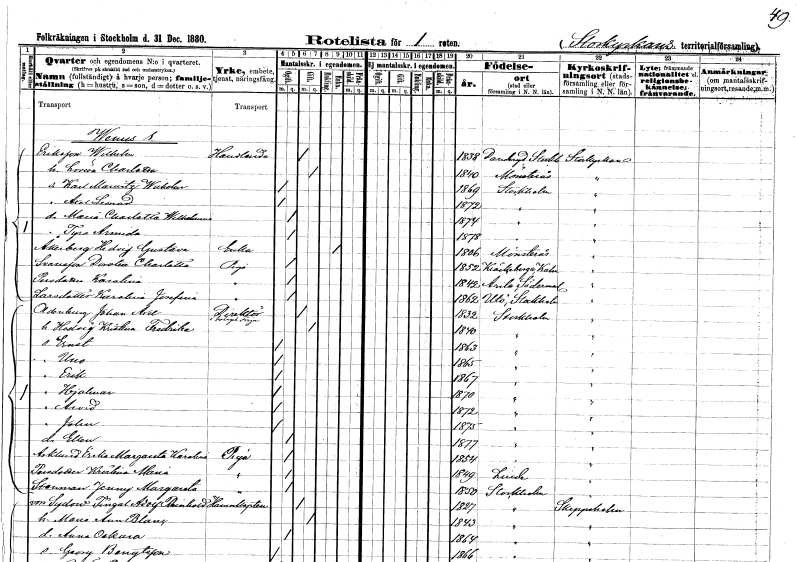
gt_parse: households: individuals: FN: Wilhelm
EN: Eriksson
YRKE: Handlande
KON: M
CIV: G
FODAR: 1838
FODFORS: Danderyd Stockholms län
FN: Lovisa Charlotta
KON: K
CIV: G
FODAR: 1840
FODFORS: Mönsterås Kalmar län
FN: Karl Mauritz Wilhelm
KON: M
CIV: O
FODAR: 1869
FODFORS: Stockholm
FN: Axel Leonard
KON: M
CIV: O
FODAR: 1872
FODFORS: Stockholm
FN: Maria Charlotta Wilhelmina
KON: K
CIV: O
FODAR: 1874
FODFORS: Stockholm
FN: Tyra Armida
KON: K
CIV: O
FODAR: 1878
FODFORS: Stockholm
FN: Hedvig Gustava
EN: Åkerberg
YRKE: Änka
KON: K
CIV: E
FODAR: 1806
FODFORS: Mönsterås Kalmar län
FN: Dorotea Charlotta
EN: Svensson
YRKE: Piga
KON: K
CIV: O
FODAR: 1852
FODFORS: Kläckeberga Kalmar län
FN: Karolina
EN: Persdotter
YRKE: Piga
KON: K
CIV: O
FODAR: 1842
FODFORS: Ärla Södermanlands län
FN: Karolina Josefina
EN: Larsdotter
YRKE: Piga
KON: K
CIV: O
FODAR: 1862
FODFORS: Utö Stockholms län
FN: Johan Axel
EN: Oldenburg
YRKE: Direktör
KON: M
CIV: G
FODAR: 1832
FODFORS: Stockholm
FN: Hedvig Kristina Fredrika
KON: K
CIV: G
FODAR: 1840
FODFORS: Stockholm
FN: Ernst
KON: M
CIV: O
FODAR: 1863
FODFORS: Stockholm
FN: Uno
KON: M
CIV: O
FODAR: 1865
FODFORS: Stockholm
FN: Erik
KON: M
CIV: O
FODAR: 1867
FODFORS: Stockholm
FN: Hjalmar
KON: M
CIV: O
FODAR: 1870
FODFORS: Stockholm
FN: Arvid
KON: M
CIV: O
FODAR: 1872
FODFORS: Stockholm
FN: John
KON: M
CIV: O
FODAR: 1875
FODFORS: Stockholm
FN: Ellen
KON: K
CIV: O
FODAR: 1877
FODFORS: Stockholm
FN: Erika Margareta Karolina
EN: Asklund
YRKE: Piga
KON: K
CIV: O
FODAR: 1854
FODFORS: Stockholm
FN: Kristina Maria
EN: Persdotter
YRKE: Piga
KON: K
CIV: O
FODAR: 1849
FODFORS: Linde bergsförsamling Örebro län
FN: Jenny Margareta
EN: Svensson
YRKE: Piga
KON: K
CIV: O
FODAR: 1850
FODFORS: Stockholm